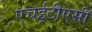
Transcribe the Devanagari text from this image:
एचईटीएसी